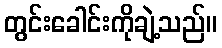
တွင်းခေါင်းကိုချဲ့သည်။